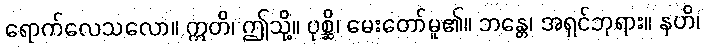
ရောက်လေသလော။ ဣတိ၊ ဤသို့။ ပုစ္ဆိ၊ မေးတော်မူ၏။ ဘန္တေ၊ အရှင်ဘုရား။ နဟိ၊